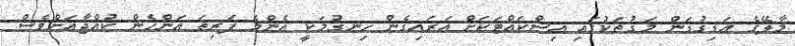
މާލޭގެ އަޑިގުޑަން މަގުތަކުގައި އިސްކައްޓަކަށް އަރައިގެން ހިނގުމަކީ އެންމެ ފަރިތަ އަންހެން ކުއްޖާއަށްވެސް